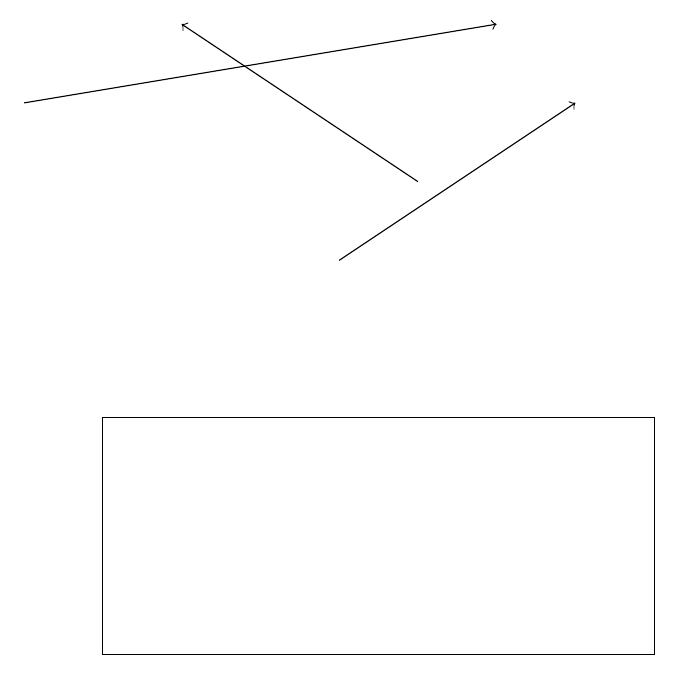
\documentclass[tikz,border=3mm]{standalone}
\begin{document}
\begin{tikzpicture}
\draw[->] (1,18) -- (7,19);
\draw[->] (5,16) -- (8,18);
\draw[->] (6,17) -- (3,19);
\draw (2,11) rectangle (9,14);
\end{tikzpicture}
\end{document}